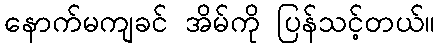
နောက်မကျခင် အိမ်ကို ပြန်သင့်တယ်။